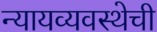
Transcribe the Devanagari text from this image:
न्यायव्यवस्थेची